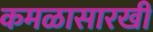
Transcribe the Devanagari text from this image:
कमळासारखी